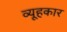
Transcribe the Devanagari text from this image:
व्यूहकार